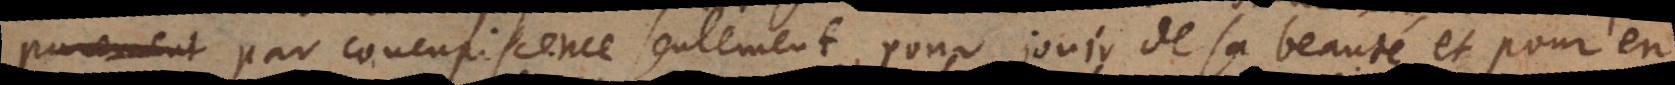
par concupiscence, seulement pour jouir de sa beauté et pour en